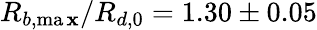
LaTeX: R_{b,\operatorname*{ma\mathbf{x}}}/R_{d,0}=1.30\pm0.05